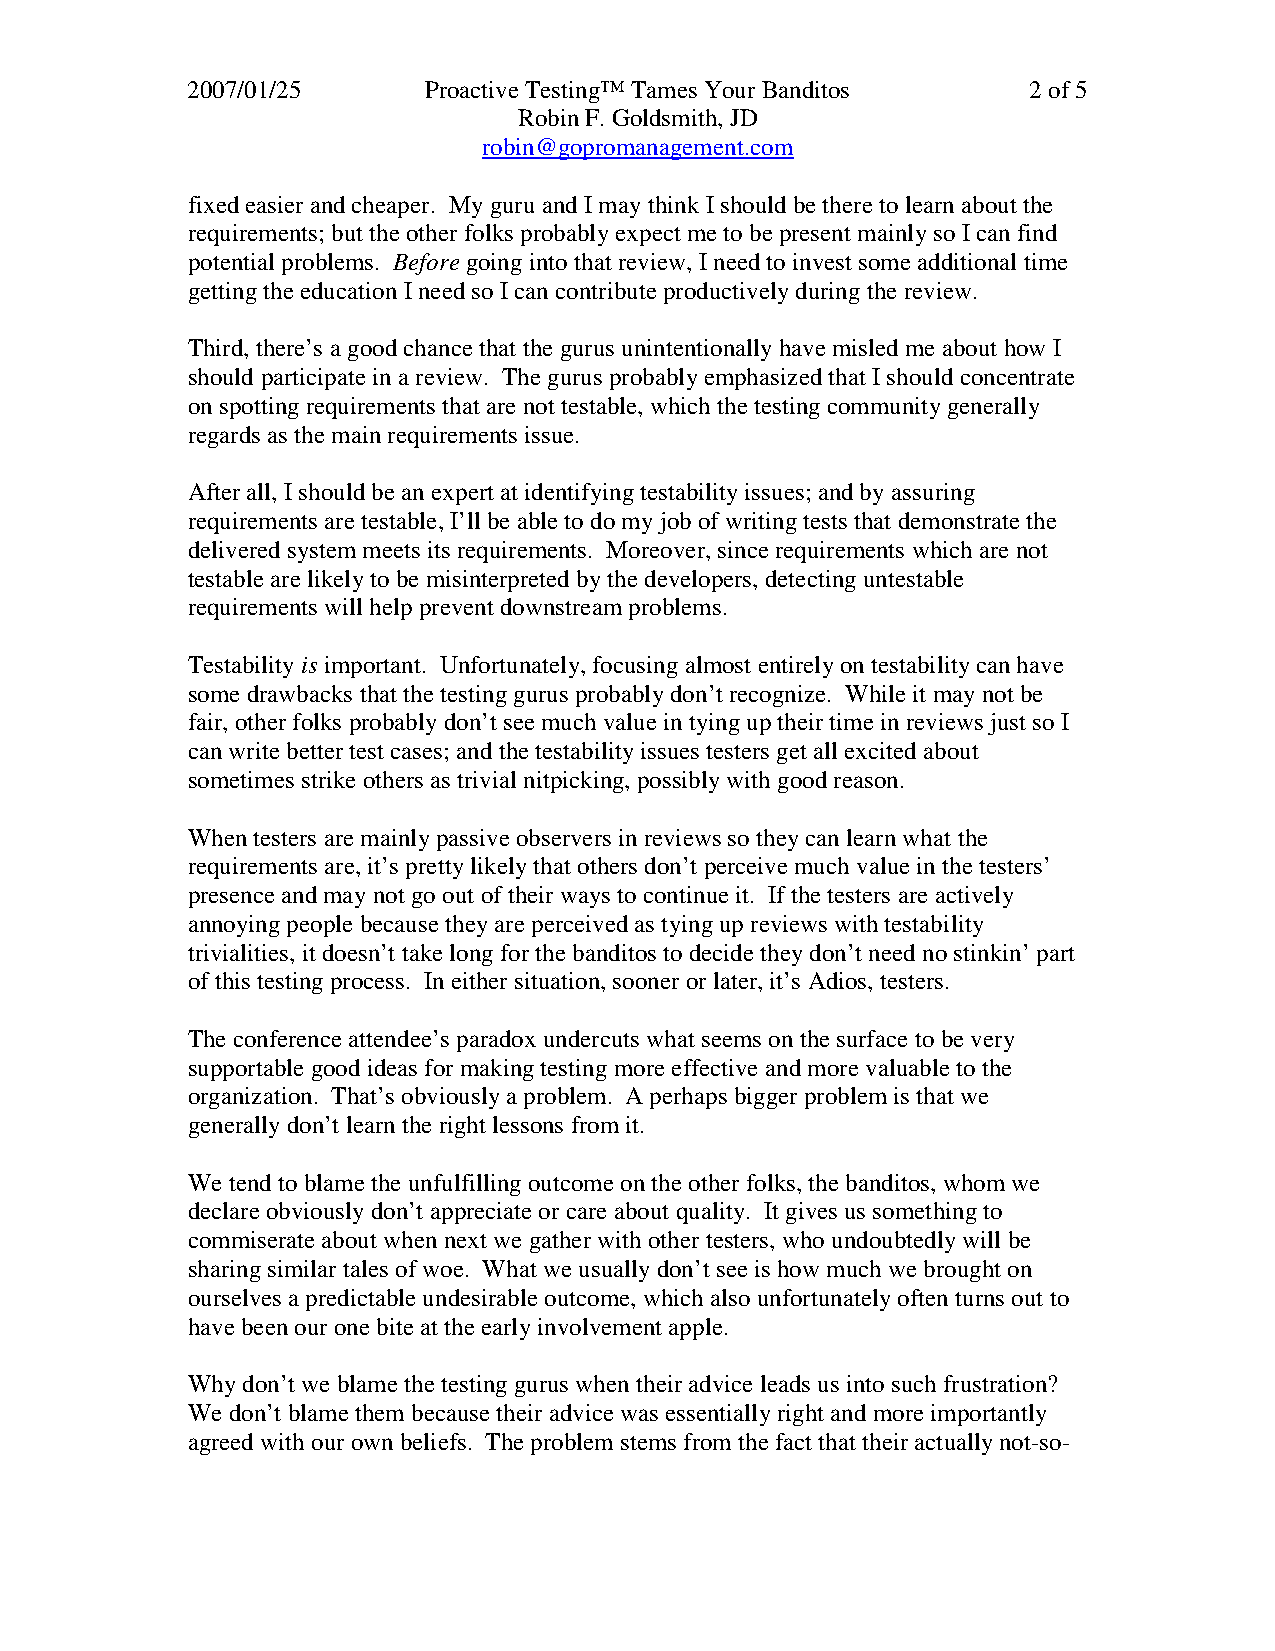
2007/01/25      Proactive Testing™ Tames Your Banditos  2 of 5
 Robin F. Goldsmith, JD
 robin@gopromanagement.com
 fixed easier and cheaper. My guru and I may think I should be there to learn about the
 requirements; but the other folks probably expect me to be present mainly so I can find
 potential problems. Before going into that review, I need to invest some additional time
 getting the education I need so I can contribute productively during the review.
 Third, there’s a good chance that the gurus unintentionally have misled me about how I
 should participate in a review. The gurus probably emphasized that I should concentrate
 on spotting requirements that are not testable, which the testing community generally
 regards as the main requirements issue.
 After all, I should be an expert at identifying testability issues; and by assuring
 requirements are testable, I’ll be able to do my job of writing tests that demonstrate the
 delivered system meets its requirements. Moreover, since requirements which are not
 testable are likely to be misinterpreted by the developers, detecting untestable
 requirements will help prevent downstream problems.
 Testability is important. Unfortunately, focusing almost entirely on testability can have
 some drawbacks that the testing gurus probably don’t recognize. While it may not be
 fair, other folks probably don’t see much value in tying up their time in reviews just so I
 can write better test cases; and the testability issues testers get all excited about
 sometimes strike others as trivial nitpicking, possibly with good reason.
 When testers are mainly passive observers in reviews so they can learn what the
 requirements are, it’s pretty likely that others don’t perceive much value in the testers’
 presence and may not go out of their ways to continue it. If the testers are actively
 annoying people because they are perceived as tying up reviews with testability
 trivialities, it doesn’t take long for the banditos to decide they don’t need no stinkin’ part
 of this testing process. In either situation, sooner or later, it’s Adios, testers.
 The conference attendee’s paradox undercuts what seems on the surface to be very
 supportable good ideas for making testing more effective and more valuable to the
 organization. That’s obviously a problem. A perhaps bigger problem is that we
 generally don’t learn the right lessons from it.
 We tend to blame the unfulfilling outcome on the other folks, the banditos, whom we
 declare obviously don’t appreciate or care about quality. It gives us something to
 commiserate about when next we gather with other testers, who undoubtedly will be
 sharing similar tales of woe. What we usually don’t see is how much we brought on
 ourselves a predictable undesirable outcome, which also unfortunately often turns out to
 have been our one bite at the early involvement apple.
 Why don’t we blame the testing gurus when their advice leads us into such frustration?
 We don’t blame them because their advice was essentially right and more importantly
 agreed with our own beliefs. The problem stems from the fact that their actually not-so-